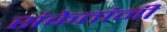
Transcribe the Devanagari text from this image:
संकेतांनी